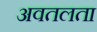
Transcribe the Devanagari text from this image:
अवतलता